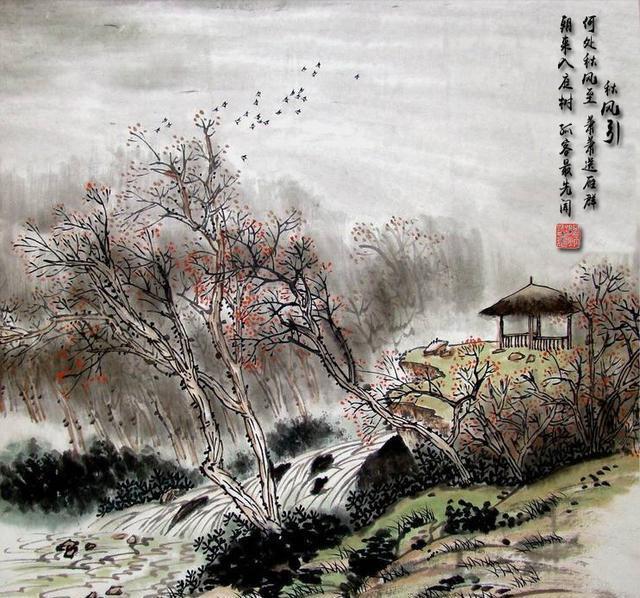
金陵津渡小山楼，一宿行人自可愁。